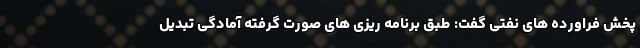
پخش فراورده های نفتی گفت: طبق برنامه ریزی های صورت گرفته آمادگی تبدیل